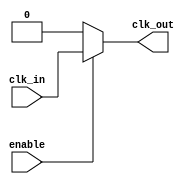
module clock_buffer (
    input wire clk_in,      // Single-ended clock input
    input wire enable,      // Enable signal
    output wire clk_out     // Buffered clock output
);

    // Internal signals
    wire clk_buf;            // Buffered clock signal

    // Input Stage: Protection could be added if needed
    // Here we would typically add input protection circuits, but it's left simple
    // For simulation purposes, just directly connect the clk_in to clk_buf

    // Amplification Stage: Using a series of inverters for amplification
    // This stage uses a series of inverters to amplify the signal
    wire clk_buf_int;

    // Simple inverter chain for amplification (can adjust the number for desired gain)
    assign clk_buf_int = ~clk_in; // First inverter
    assign clk_buf = ~clk_buf_int; // Second inverter to restore phase

    // Output Stage: Buffered clock output
    // Based on the enable signal
    assign clk_out = enable ? clk_buf : 1'b0; // If not enabled, output low

endmodule